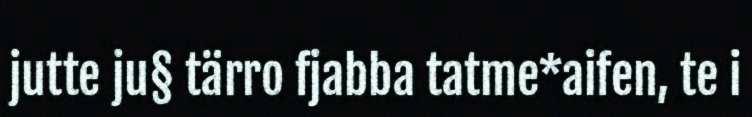
jutte ju§ tärro fjabba tatme*aifen, te i